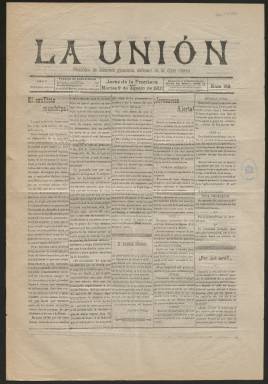
Título: La Unión (Jerez de la Frontera)
Colección: Periódicos
Ámbito geográfico: Cádiz
Lugar de publicación: Jerez de la Frontera [Cádiz]
Fechas: 02/08/1910-02/08/1910